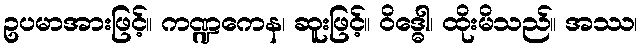
ဥပမာအားဖြင့်။ ကဏ္ဍကေန၊ ဆူးဖြင့်။ ဝိဒ္ဓေါ၊ ထိုးမိသည်။ အဿ၊